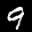
Label: 9